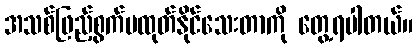
အသစ်ဖြည့်စွက်မထုတ်နိုင်သေးတာကို တွေ့ရပါတယ်။